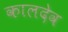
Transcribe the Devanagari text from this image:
कालदेव